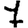
Digit: 7